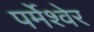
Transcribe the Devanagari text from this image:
पर्मेश्वेर